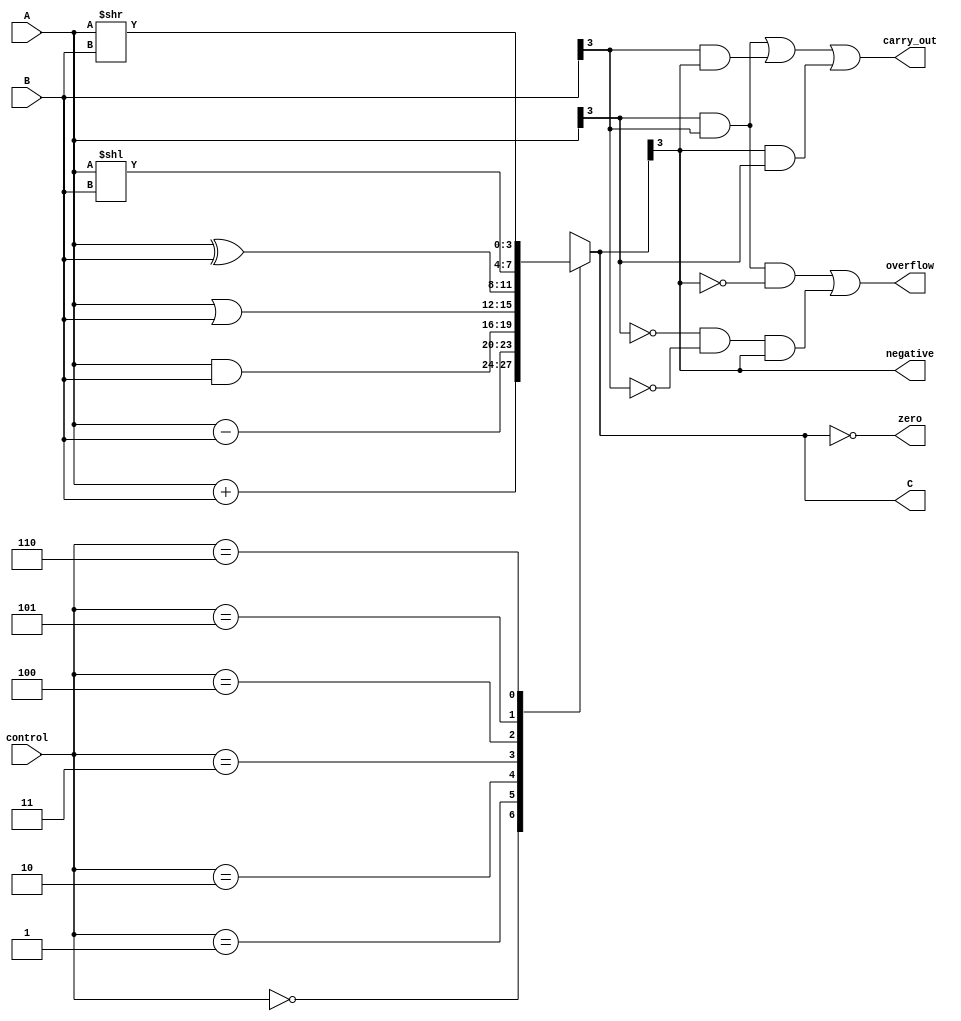
module alu (
    input [3:0] A,
    input [3:0] B,
    input [2:0] control,
    output reg [3:0] C,
    output reg carry_out,
    output reg overflow,
    output reg zero,
    output reg negative
);

always @ (*) begin
    case (control)
        3'b000: C = A + B; // addition
        3'b001: C = A - B; // subtraction
        3'b010: C = A & B; // AND
        3'b011: C = A | B; // OR
        3'b100: C = A ^ B; // XOR
        3'b101: C = A << B; // shift left
        3'b110: C = A >> B; // shift right
        default: C = 4'bxxxx; // default value
    endcase
end

// Calculate status flags
always @ (*) begin
    carry_out = (A[3] & B[3]) | (B[3] & C[3]) | (C[3] & A[3]);
    overflow = (A[3] & B[3] & ~C[3]) | (~A[3] & ~B[3] & C[3]);
    zero = (C == 4'b0000);
    negative = C[3];
end

endmodule